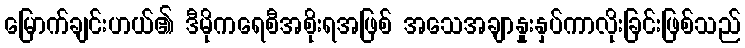
မြောက်ချင်းဟယ်၏ ဒီမိုကရေစီအစိုးရအဖြစ် အသေအချာနှုးနှပ်ကာလိုးခြင်းဖြစ်သည်